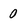
Character: 0